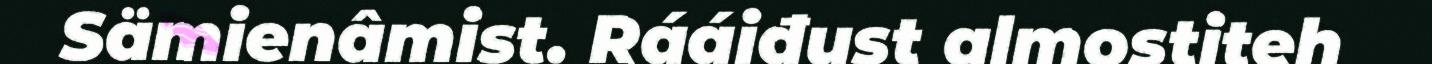
Sämienâmist. Rááiđust almostiteh